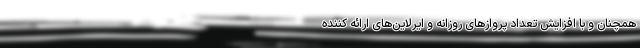
همچنان و با افزایش تعداد پروازهای روزانه و ایرلاین‌های ارائه کننده